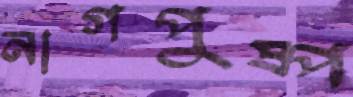
নাগপুষ্প